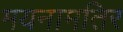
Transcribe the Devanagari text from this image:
मयनामतिर